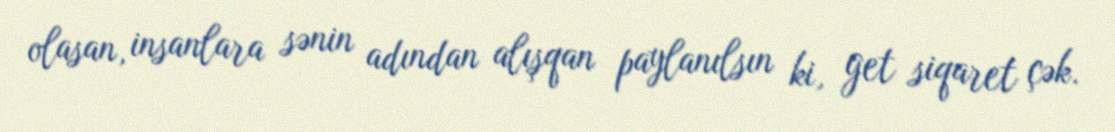
olasan, insanlara sənin adından alışqan paylanılsın ki, get siqaret çək.